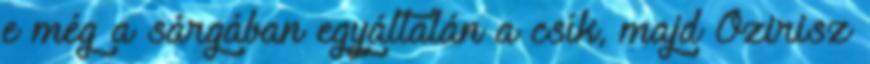
e még a sárgában egyáltalán a csík, majd Ozirisz